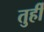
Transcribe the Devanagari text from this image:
तुर्ही